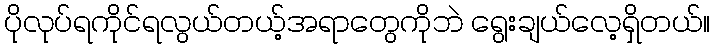
ပိုလုပ်ရကိုင်ရလွယ်တယ့်အရာတွေကိုဘဲ ရွေးချယ်လေ့ရှိတယ်။